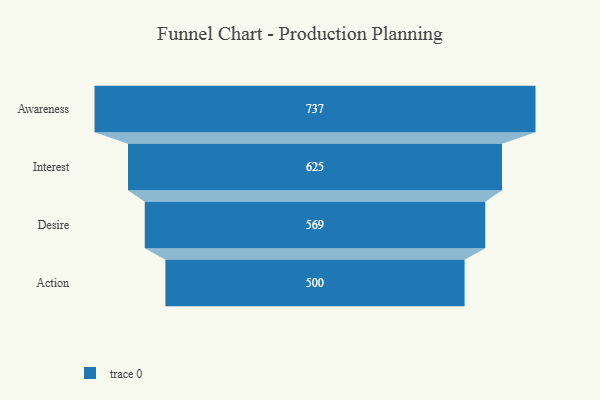
{"axis": {"x": "Stage", "y": "Value"}, "legend": [""], "data": [{"x": "Awareness", "y": 737.0, "type": ""}, {"x": "Interest", "y": 625.0, "type": ""}, {"x": "Desire", "y": 569.0, "type": ""}, {"x": "Action", "y": 500, "type": ""}]}